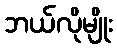
ဘယ်လိုမျိုး